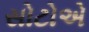
સોટોએ